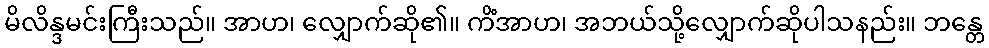
မိလိန္ဒမင်းကြီးသည်။ အာဟ၊ လျှောက်ဆို၏။ ကိံအာဟ၊ အဘယ်သို့လျှောက်ဆိုပါသနည်း။ ဘန္တေ